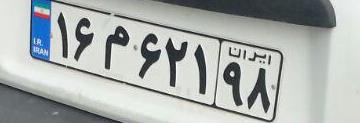
۱۶م۶۲۱۹۸